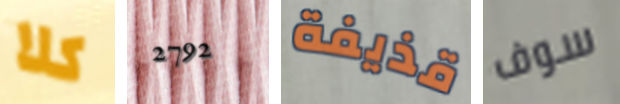
كلا 2792 قذيفة سوف